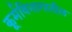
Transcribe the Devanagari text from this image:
कूर्मविभागातील